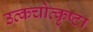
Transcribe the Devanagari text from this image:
उत्कचोत्कृष्टा